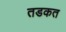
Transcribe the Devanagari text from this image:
तडकत